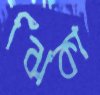
ঝিঁকা